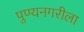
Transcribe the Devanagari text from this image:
पुण्यनगरीला